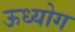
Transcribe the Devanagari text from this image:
ऊध्योग